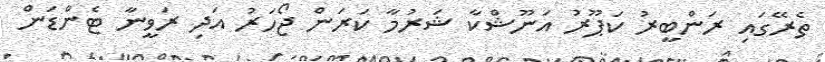
ތެރޭގައި ރަންބީރު ކަޕޫރު އަނޫޝްކާ ޝަރުމާ ކަރަން ޖޯހަރު އަދި ރަވީނާ ޓެންޑަން